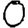
Digit: 0